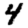
Digit: 4